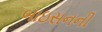
બાઇસનની